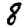
Digit: 8